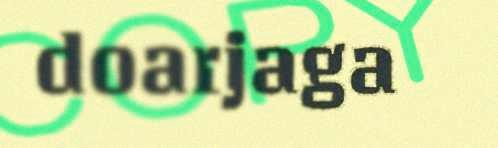
doarjaga